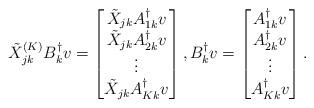
LaTeX: \begin{align*}\tilde{X}^{(K)}_{jk} B_k^{\dagger}v = \begin{bmatrix}\tilde{X}_{jk} A_{1k}^{\dagger} v \\\tilde{X}_{jk} A_{2k}^{\dagger} v \\\vdots \\\tilde{X}_{jk} A_{Kk}^{\dagger} v \\\end{bmatrix}, B_k^{\dagger} v = \begin{bmatrix}A_{1k}^{\dagger} v \\A_{2k}^{\dagger} v \\\vdots \\A_{Kk}^{\dagger} v\\\end{bmatrix}.\end{align*}